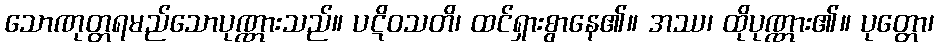
သောဏုတ္တရမည်သောပုဏ္ဏားသည်။ ပဋိဝသတိ၊ ထင်ရှားစွာနေ၏။ အဿ၊ ထိုပုဏ္ဏား၏။ ပုတ္တော၊